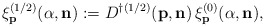
\begin{align*}\xi^{(1/2)}_{\bf p}(\alpha,{\bf n}):= D^{\dagger(1/2)}({\bf p},{\bf n})\,\xi^{(0)}_{\bf p}(\alpha,{\bf n}),\end{align*}